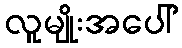
လူမျိုးအပေါ်